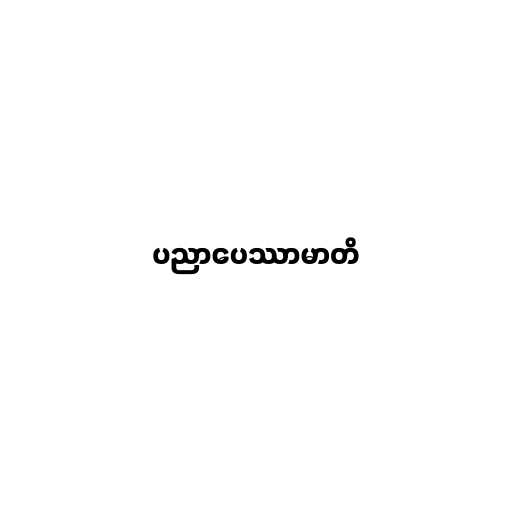
ပညာပေဿာမာတိ